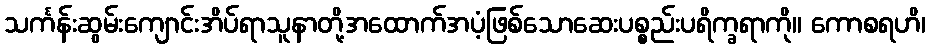
သင်္ကန်းဆွမ်းကျောင်းအိပ်ရာသူနာတို့အထောက်အပံ့ဖြစ်သောဆေးပစ္စည်းပရိက္ခရာကို။ ကောစရဟိ၊